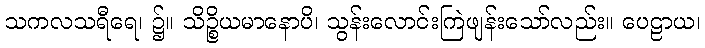
သကလသရီရေ၊ ၌။ သိဉ္စိယမာနောပိ၊ သွန်းလောင်းကြဲဖျန်းသော်လည်း။ ပေဠာယ၊